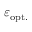
\varepsilon _ { \mathrm { o p t . } }